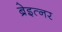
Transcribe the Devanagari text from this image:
ब्रेइत्नर